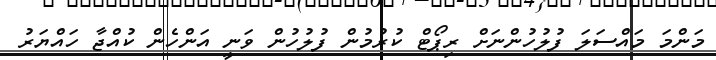
މަންމަ މައްސަލަ ފުލުހުންނަށް ރިޕޯޓް ކުރުމުން ފުލުހުން ވަނީ އަންހެން ކުއްޖާ ހައްޔަރު